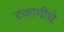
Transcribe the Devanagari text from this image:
टकागीचे